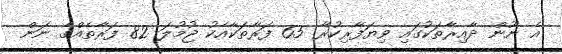
އެ ނޫން ދާއިރާތަކުގައި ވިޔަފާރިކުރާ 65 ފަރާތަކާއެކު ޖުމުލަ 82 ފަރާތެއްގެ ނަން